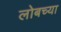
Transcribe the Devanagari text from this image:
लोबच्या